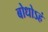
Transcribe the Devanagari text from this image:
बोधोऽहं